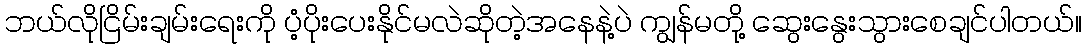
ဘယ်လိုငြိမ်းချမ်းရေးကို ပံ့ပိုးပေးနိုင်မလဲဆိုတဲ့အနေနဲ့ပဲ ကျွန်မတို့ ဆွေးနွေးသွားစေချင်ပါတယ်။